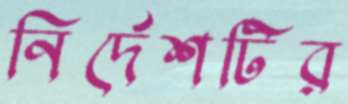
নির্দেশটির